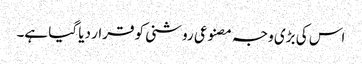
اس کی بڑی وجہ مصنوعی روشنی کو قرار دیا گیا ہے۔